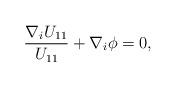
LaTeX: \begin{align*}\frac{\nabla_i U_{11}}{U_{11}} + \nabla_i \phi = 0,\end{align*}